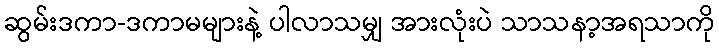
ဆွမ်းဒကာ-ဒကာမများနဲ့ ပါလာသမျှ အားလုံးပဲ သာသနာ့အရသာကို